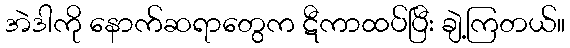
အဲဒါကို နောက်ဆရာတွေက ဋီကာထပ်ပြီး ချဲ့ကြတယ်။